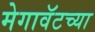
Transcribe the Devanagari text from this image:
मेगावॅटच्या